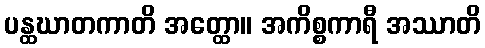
ပန္ထဃာတကာတိ အတ္ထော။ အကိစ္စကာရီ အဿာတိ